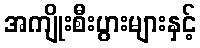
အကျိုးစီးပွားများနှင့်